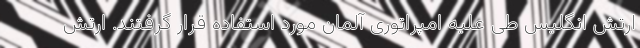
ارتش انگلیس طی علیه امپراتوری آلمان مورد استفاده قرار گرفتند. ارتش